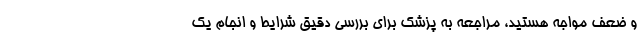
و ضعف مواجه هستید، مراجعه به پزشک برای بررسی دقیق شرایط و انجام یک